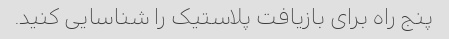
پنج راه برای بازیافت پلاستیک را شناسایی کنید.